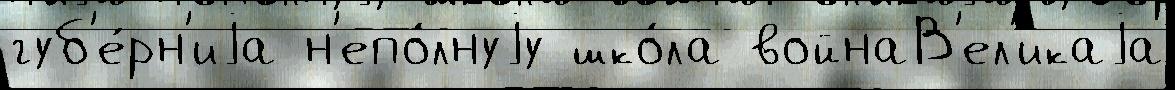
губ'е́рн'иjа н'епо́лнуjу шко́ла войнаВ'ел'икаjа